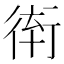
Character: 𲀞